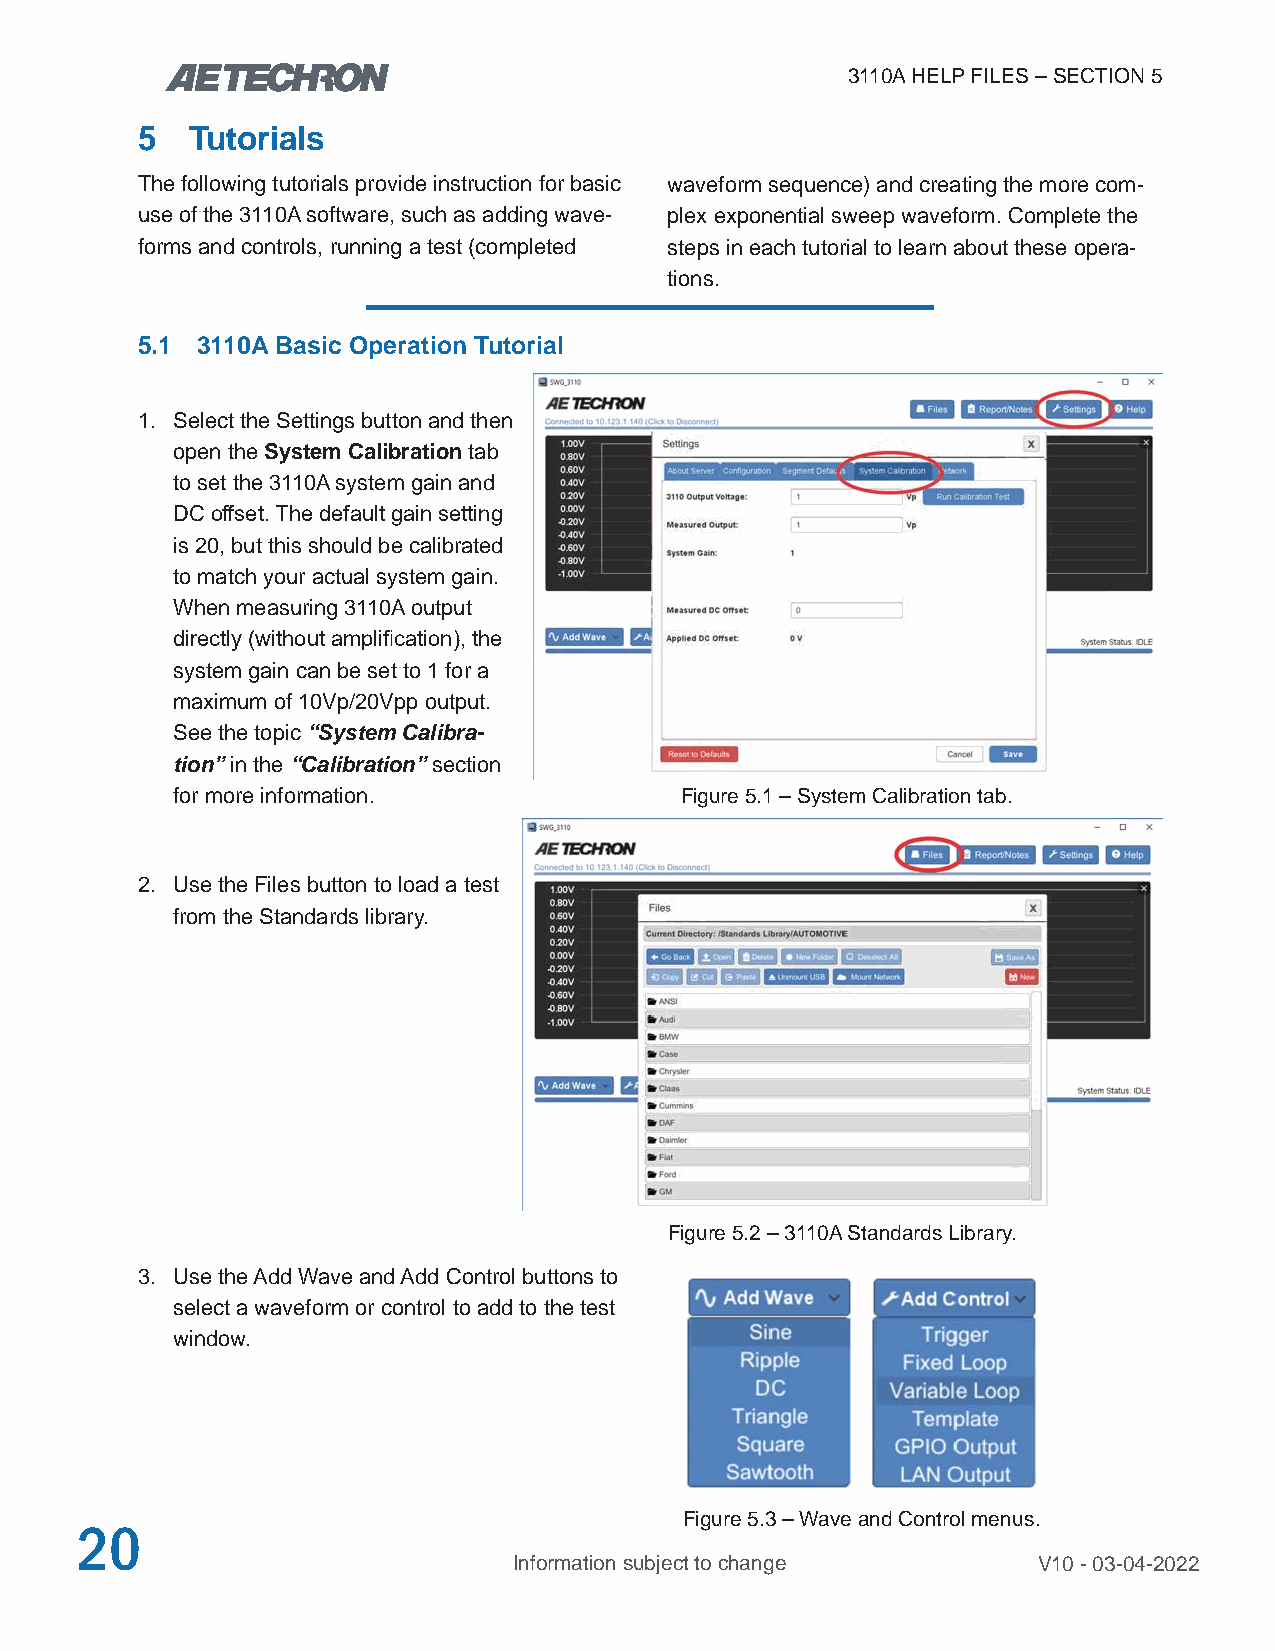
3110A HELP FILES – SECTION 5
 5  Tutorials
 The following tutorials provide instruction for basic waveform sequence) and creating the more com-
 use of the 3110A software, such as adding wave- plex exponential sweep waveform. Complete the
 forms and controls, running a test (completed steps in each tutorial to learn about these opera-
 tions.
 5.1 3110A Basic Operation Tutorial
 1. Select the Settings button and then
 open the System Calibration tab
 to set the 3110A system gain and
 DC offset. The default gain setting
 is 20, but this should be calibrated
 to match your actual system gain.
 When measuring 3110A output
 directly (without amplification), the
 system gain can be set to 1 for a
 maximum of 10Vp/20Vpp output.
 See the topic “System Calibra-
 tion” in the “Calibration” section
 for more information.             Figure 5.1 – System Calibration tab.
 2. Use the Files button to load a test
 from the Standards library.
 Figure 5.2 – 3110A Standards Library.
 3. Use the Add Wave and Add Control buttons to
 select a waveform or control to add to the test
 window.
 Figure 5.3 – Wave and Control menus.
 20
 Information subject to change      V10 - 03-04-2022